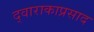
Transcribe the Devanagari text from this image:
द्वाराकाप्रसाद